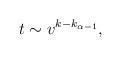
LaTeX: \begin{align*}t \sim v^{k-k_{\alpha-1}},\end{align*}